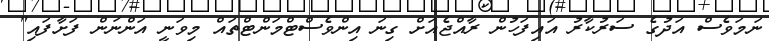
ނަމަވެސް އަދުގެ ސަރުކާރު އައިފަހުން ރާއްޖެއަށް ގިނަ އިންވެސްޓްމަންޓްތައް މިވަނީ އަންނަން ފަށާފައި"